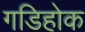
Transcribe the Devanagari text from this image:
गडिहोक